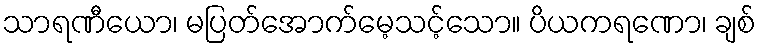
သာရဏီယော၊ မပြတ်အောက်မေ့သင့်သော။ ပိယကရဏော၊ ချစ်